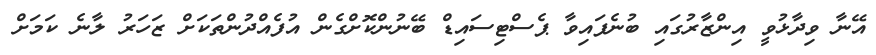
އޭނާ ވިދާޅުވީ އިންޒާރުގައި ބުނެފައިވާ ޕެސްޓިސައިޑް ބޭނުންކޮށްގެން އުފެއްދުންތަކަށް ޒަހަރު ލާނެ ކަމަށް